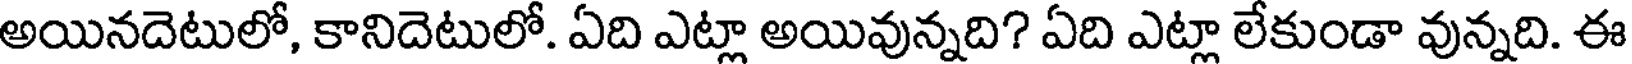
అయినదెటులో, కానిదెటులో. ఏది ఎట్లా అయివున్నది? ఏది ఎట్లా లేకుండా వున్నది. ఈ